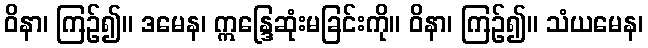
ဝိနာ၊ ကြဉ်၍။ ဒမေန၊ ဣန္ဒြေဆုံးမခြင်းကို။ ဝိနာ၊ ကြဉ်၍။ သံယမေန၊